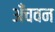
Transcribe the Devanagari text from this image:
अँचवन